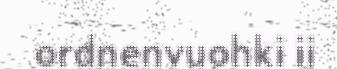
ordnenvuohki ii